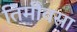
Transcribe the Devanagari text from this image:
तिमीवसा